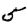
Digit: 5